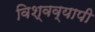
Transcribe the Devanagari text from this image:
विश्वव्‍यापी